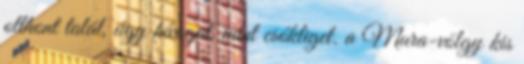
otthont talál, úgy hívogat, mint csókliget. a Mura-völgy kis